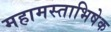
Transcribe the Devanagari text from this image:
महामस्ताभिषेक